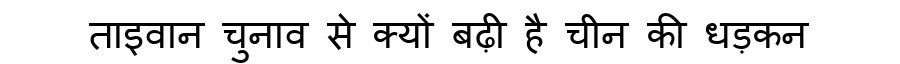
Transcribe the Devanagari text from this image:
ताइवान चुनाव से क्यों बढ़ी है चीन की धड़कन